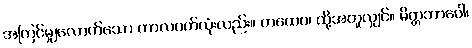
အကြင်မျှလောက်သော ကာလပတ်လုံးလည်း။ တထေဝ၊ ထို့အတူလျှင်။ မိတ္တဘာဝေါ၊